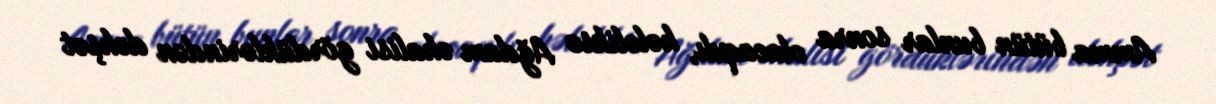
Amma bütün bunlar sonra olacaqdı, hələliksə Ağdam əhalisi gördüklərindən dəhşət